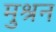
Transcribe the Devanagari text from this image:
मुश्रन